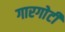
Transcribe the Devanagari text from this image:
गारगाेटी